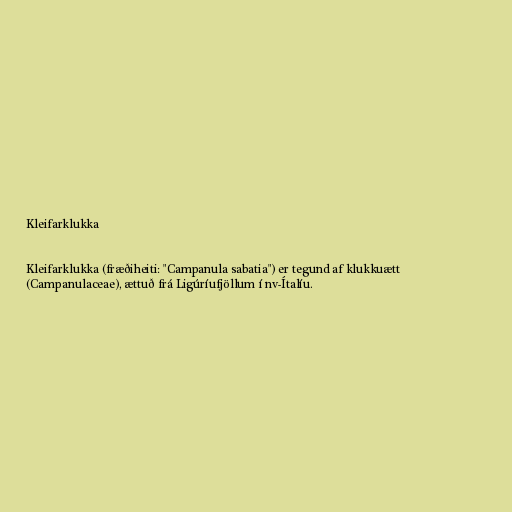
Kleifarklukka

Kleifarklukka (fræðiheiti: "Campanula sabatia") er tegund af klukkuætt
(Campanulaceae), ættuð frá Ligúríufjöllum í nv-Ítalíu.